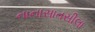
નાનાસાતસીલા